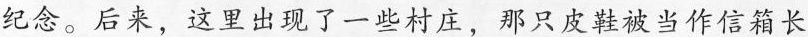
纪念。后来，这里出现了一些衬庄，那只皮鞋被当作信箱长